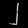
Digit: ၂